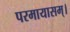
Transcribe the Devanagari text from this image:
परमायासम्‌।